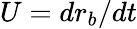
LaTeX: U=dr_{b}/dt